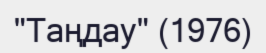
"Таңдау" (1976)